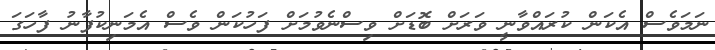
ނަމަވެސް އެކަން ކުރައްވާނީ ވަރަށް ބޮޑަށް ވިސްނެވުމަށް ފަހުކަން ވެސް އެމަނިކުފާނު ފާހަގަ